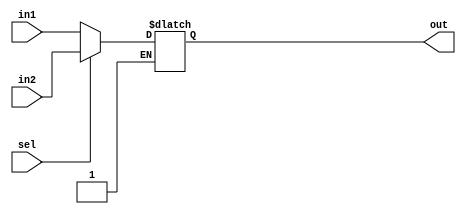
`timescale 1ns / 1ps
//////////////////////////////////////////////////////////////////////////////////
// Company: 
// Engineer: 
// 
// Design Name: 
// Module Name: mux_param
// Project Name: 
// Target Devices: 
// Tool Versions: 
// Description: 
// 
// Dependencies: 
// 
// Revision:
// Revision 0.01 - File Created
// Additional Comments:
// 
//////////////////////////////////////////////////////////////////////////////////


module mux_param_behavioral(in1, in2, sel, out);
    parameter N=8;
    
    input [N-1:0] in1;
    input [N-1:0] in2;
    input sel;
    
    output reg [N-1:0] out;
    
    always @ (in1 or in2 or sel)
    begin
        if(!sel)
        begin
            out <= in1;
        end
        
        if(sel)
        begin
            out <= in2;
        end 
    end  
     
endmodule


module test;
    parameter N=8;
    
    reg [N-1:0] in1, in2;
    reg sel;
    
    wire [N-1:0] out;
    
    mux_param_behavioral #(8) M1(in1, in2, sel, out);
    //mux_param_behavioral #32 M2(in1, in2, sel, out);
    
    initial 
    begin   
        #0 in1=8'b0; in2=8'b0; sel=0;
        #10 in1=8'b1000_0000;
        #10 in2=8'b0000_1001;
        #10 sel=1'b1;
        #10 sel=1'b0;
        #10 in1=8'b0000_0000;
        #10 in2=8'b0000_0010;
        #10 sel=1;
    end
    
    initial
        #180 $finish; 
       
endmodule